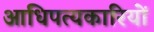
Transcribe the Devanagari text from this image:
आधिपत्यकारियों